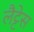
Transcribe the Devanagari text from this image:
लैट्टेस